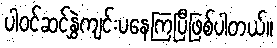
ပါဝင်ဆင်နွှဲကျင်းပနေကြပြီဖြစ်ပါတယ်။